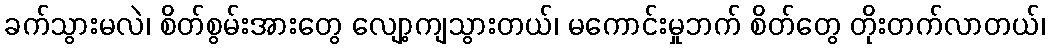
ခက်သွားမလဲ၊ စိတ်စွမ်းအားတွေ လျော့ကျသွားတယ်၊ မကောင်းမှုဘက် စိတ်တွေ တိုးတက်လာတယ်၊